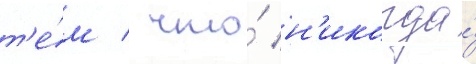
т'е́м / что́ н'икогда́